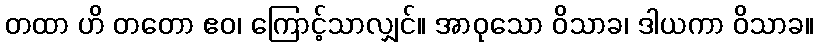
တထာ ဟိ တတော ဧဝ၊ ကြောင့်သာလျှင်။ အာဝုသော ဝိသာခ၊ ဒါယကာ ဝိသာခ။